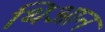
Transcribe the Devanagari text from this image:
थिआन